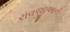
રાવજીઆની